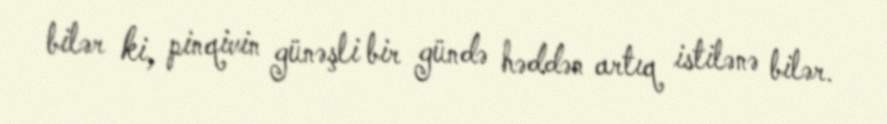
bilər ki, pinqivin günəşli bir gündə həddən artıq istilənə bilər.